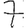
Digit: 7